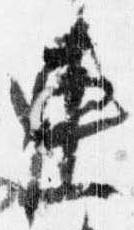
連